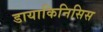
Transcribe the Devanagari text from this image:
डायाकिनिसिस